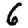
Digit: 6